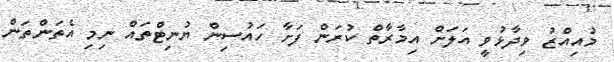
މުއިއްޒު ވިދާޅުވީ އަލަށް އިމާރާތް ކުރަން ފަށާ ހައުސިން ޔުނިޓްތައް ނިމި އެތަންތަން